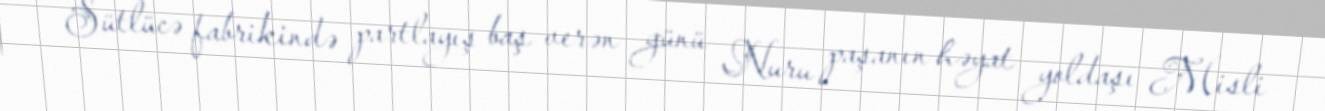
Sütlücə fabrikində partlayış baş verən günü Nuru paşanın həyat yoldaşı Misli